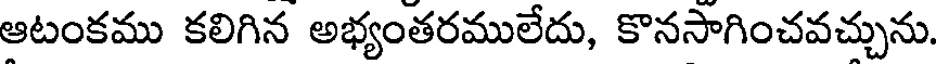
ఆటంకము కలిగిన అభ్యంతరములేదు, కొనసాగించవచ్చును.